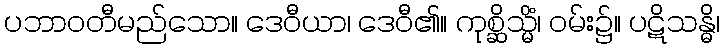
ပဘာဝတီမည်သော။ ဒေဝီယာ၊ ဒေဝီ၏။ ကုစ္ဆိသ္မိံ၊ ဝမ်း၌။ ပဋိသန္ဓိ၊